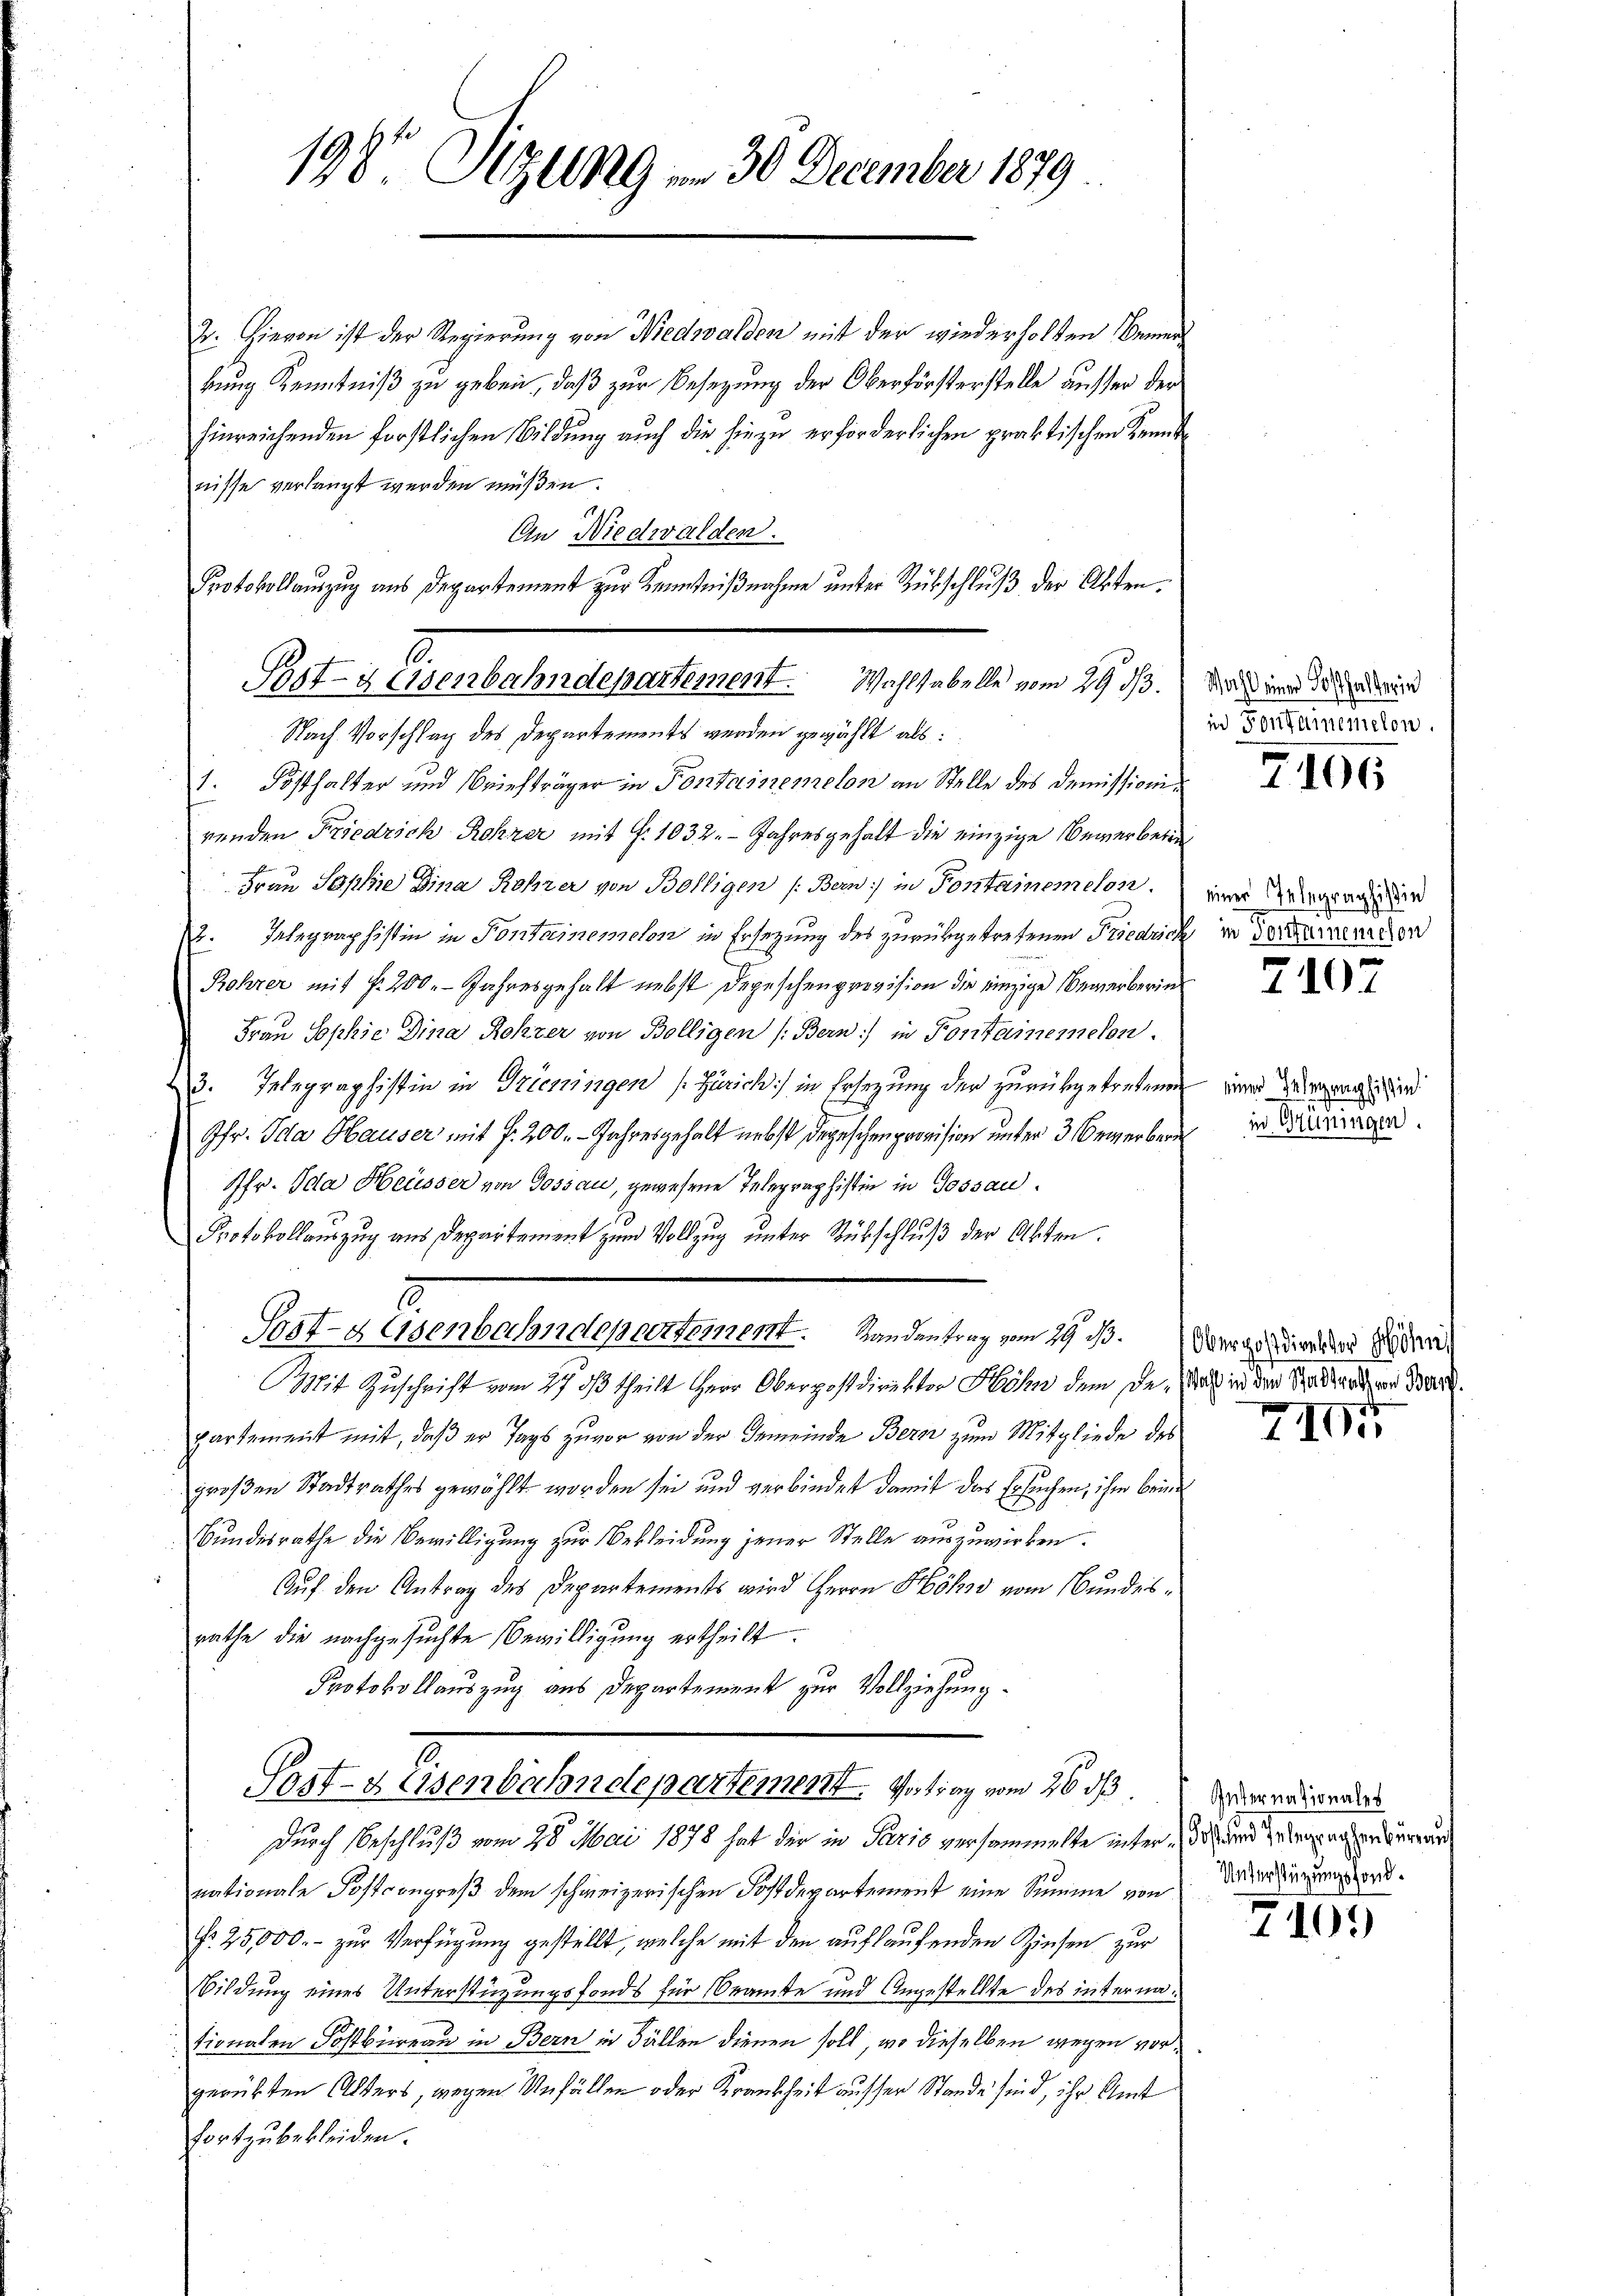
198. Sitzung , 30 December 1879

2. Hievon ist der Regierung von Niedwalden mit der wiederholten Bemer
bung Kenntniß zu geben, daß zur Besetzung der Oberförsterstelle ausser der
hinreichenden forstlichen Bildung auch die hiezu erforderlichen praktischen Kenntnisse verlangt werden müßen.
An Niedwalden.
Protokollauszug aus Departement zur Kenntnißnahme unter Rükschluß der Akten.
Nach Vorschlag des Departements werden gewählt als:
1. Posthalter und Briefträger in Fontairemelon an Stelle des Demissionirenden Friedrich Rohzer mit P. 1032. Jahresgehalt die einzige Bewerberin
Frau Sophie Dina Rohrer von Bölligen (Bern) in Pontainemclon.
2. Telegraphistin in Pontainerelon in Ersezung des zurükgetretenen Friedrich in der errenten
Rohrer mit f. 200. Jahresgehalt nebst Depeschenprovision die einzige Bewerberin¬
Frau Sophie Dina Rohzer von Bölligen (Bern) in Pontainemelen.
3. Telegraphistin in Trieningen (Zürich) in Ersezung der zurükgetretenen
Jfr. Ida Hauser mit f. 200. - Jahresgehalt nebst Depeschenprovision unter 3 Bewerber
Pfr. Ida Heusser von Gossau, gewesene Telegraphistin in Gossau¬
Protokollauszug aus Departement zum Vollzug unter Rückschluß der Akten.
2
Sost-g Osenbahndepartement. Handentrag vom 19 t. Wergehenden sie
Mit Zuschrift vom 27 dß theilt Herr Oberpostdirektor Höhn dem de. Was in der Statthardt war der
partement mit, daß er Tags zuvor von der Gemeinde Bern zum Mitgliede des
großen Stadtrathes gewählt worden sei und verbindet damit das Ersuchen, ihm brin
Bundesrathe die Bewilligung zur Bekleidung jener Stelle auszuwirken.
Auf den Antrag des Departements wird Herrn Höhe vom Bundesrathe die nachgesuchte Bewilligung ertheilt.
Protokollauszug aus Departement zur Vollziehung.
Sost- & Eisenbahndepartement. Vortrag vom 26. ds
Durch Beschluß vom 28. Mai 1878 hat der in Paris versammelte inter des und resperrun
nationale Postrongreß dem schweizerischen Postdepartement eine Summe von Würdigungs¬
Nr. 25,000.- zur Verfügung gestellt, welche mit den auflaufenden Zinsen zur
Bildung eines Unterstüzungsfonds für Beamte und Angestellte des internationalen Postbüreau in Bern in Fällen dienen soll, wo dieselben wegen vorgerübten Alters, wegen Unfällen oder Krankheit ausser Stande sind, ihr Amt
fortzubekleiden.

2
Post- & Eisenbahndepartement. Wahlstabelle vom 29. ds.

Wahl einer Kosthalterin
in Fontememelen.

2106

einer Telegraphistin

7107

einer Telegraphistin
in Grüningen.

XI

Internationales

710.